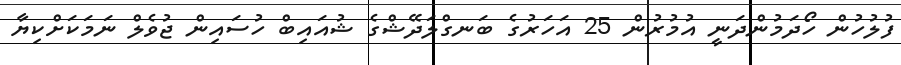
ފުލުހުން ހޯދަމުންދަނީ އުމުރުން 25 އަހަރުގެ ބަނގްލަދޭޝްގެ ޝުއައިބް ހުސައިން ޖުވެލް ނަމަކަށްކިޔާ